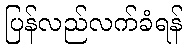
ပြန်လည်လက်ခံရန်